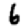
Digit: 6